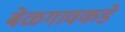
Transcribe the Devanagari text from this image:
बेळगावकडे